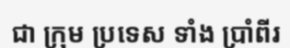
ជា ក្រុម ប្រទេស ទាំង ប្រាំពីរ